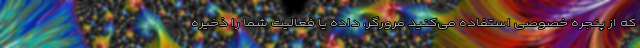
که از پنجره خصوصی استفاده می‌کنید مرورگر، داده یا فعالیت شما را ذخیره